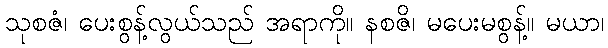
သုစဇံ၊ ပေးစွန့်လွယ်သည် အရာကို။ နစဇိ၊ မပေးမစွန့်။ မယာ၊